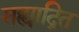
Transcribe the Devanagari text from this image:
सह्याद्रित